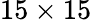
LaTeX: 15\times 15